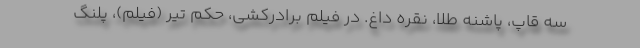
سه قاپ، پاشنه طلا، نقره داغ. در فیلم برادرکشی، حکم تیر (فیلم)، پلنگ